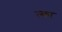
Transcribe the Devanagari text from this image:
ल्का